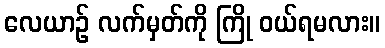
လေယာဉ် လက်မှတ်ကို ကြို ဝယ်ရမလား။